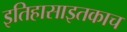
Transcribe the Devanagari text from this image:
इतिहासाइतकाच